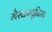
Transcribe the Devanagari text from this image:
गैरकम्युनिस्ट